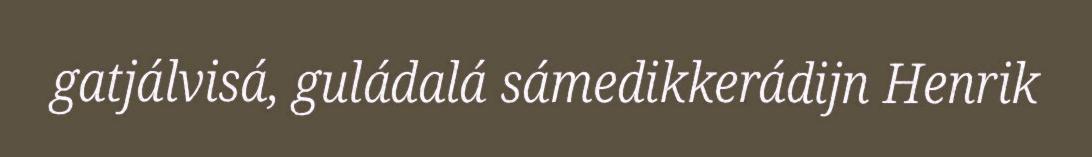
gatjálvisá, guládalá sámedikkerádijn Henrik